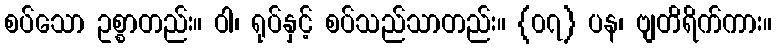
စပ်သော ဥစ္စာတည်း။ ဝါ၊ ရုပ်နှင့် စပ်သည်သာတည်း။ {၀၇} ပန၊ ဗျတိရိက်ကား။